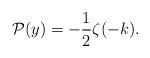
LaTeX: \begin{align*}\mathcal{P}(y) = -\frac{1}{2} \zeta(-k).\end{align*}